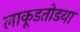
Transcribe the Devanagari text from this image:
लाकूडतोडया